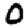
Digit: 0